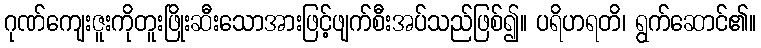
ဂုဏ်ကျေးဇူးကိုတူးဖြိုးဆီးသောအားဖြင့်ဖျက်စီးအပ်သည်ဖြစ်၍။ ပရိဟရတိ၊ ရွက်ဆောင်၏။